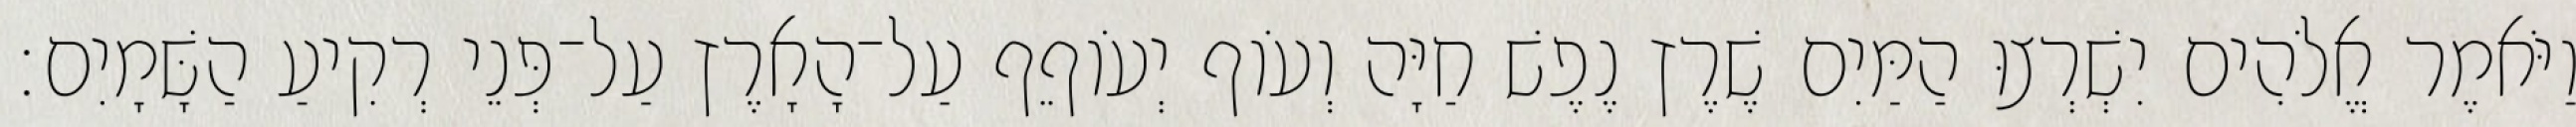
וַיֹּאמֶר אֱלֹהִים יִשְׁרְצוּ הַמַּיִם שֶׁרֶץ נֶפֶשׁ חַיָּה וְעֹוף יְעֹוףֵף עַל־הָאָרֶץ עַל־פְּנֵי רְקִיעַ הַשָּׁמָיִם׃